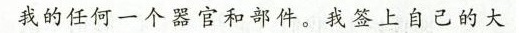
我的任何一个器官和部件。我答上自己的大